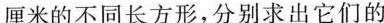
厘米的不同长方形，分别求出它们的